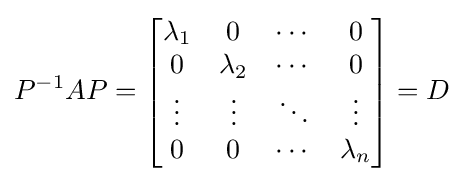
P^{-1}AP={\begin{bmatrix}\lambda _{1}&0&\cdots &0\\0&\lambda _{2}&\cdots &0\\\vdots &\vdots &\ddots &\vdots \\0&0&\cdots &\lambda _{n}\end{bmatrix}}=D